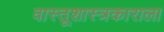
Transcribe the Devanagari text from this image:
वास्तूशास्त्रकाराला